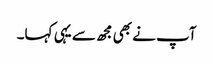
آپ نے بھی مجھ سے یہی کہا۔